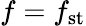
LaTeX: f=f_{\mathrm{st}}